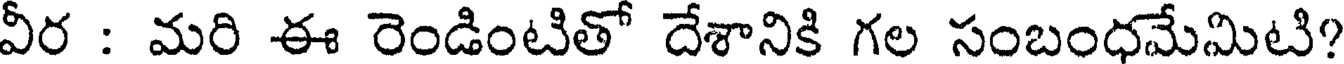
వీర : మరి ఈ రెండింటితో దేశానికి గల సంబంధమేమిటి?